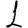
Digit: 1